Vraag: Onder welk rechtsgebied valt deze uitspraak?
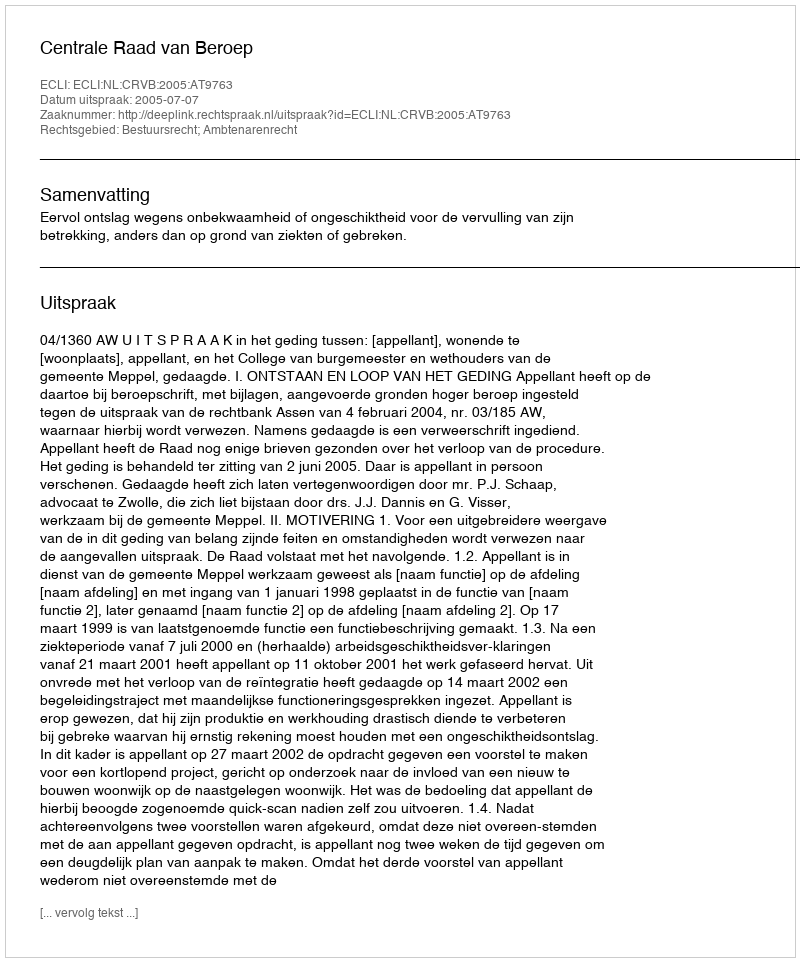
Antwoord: Bestuursrecht; Ambtenarenrecht